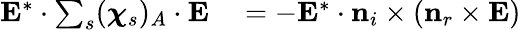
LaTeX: \begin{array}{rl}{\mathbf{E}^{*}\cdot\sum_{s}(\boldsymbol{\chi}_{s})_{A}\cdot\mathbf{E}}&{{}=-\mathbf{E}^{*}\cdot\mathbf{n}_{i}\times\left(\mathbf{n}_{r}\times\mathbf{E}\right)}\end{array}